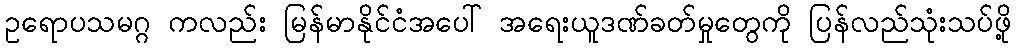
ဥရောပသမဂ္ဂ ကလည်း မြန်မာနိုင်ငံအပေါ် အရေးယူဒဏ်ခတ်မှုတွေကို ပြန်လည်သုံးသပ်ဖို့